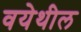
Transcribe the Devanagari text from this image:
वयेथील